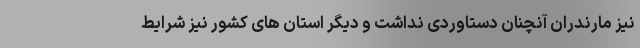
نیز مارندران آنچنان دستاوردی نداشت و دیگر استان های کشور نیز شرایط